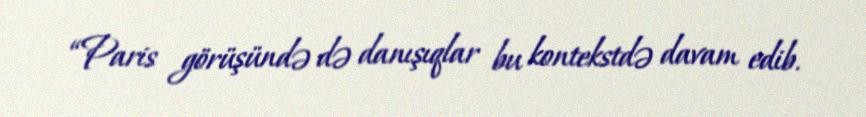
“Paris görüşündə də danışıqlar bu kontekstdə davam edib.